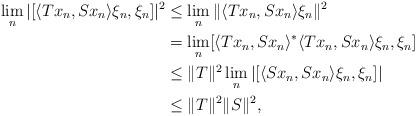
LaTeX: \begin{align*}\lim_n |[\langle Tx_n , Sx_n\rangle \xi_n , \xi_n ]|^2 &\leq \lim_n\| \langle Tx_n , Sx_n \rangle \xi_n\|^2 \\ &= \lim_n[\langle Tx_n , Sx_n\rangle^*\langle Tx_n , Sx_n \rangle \xi_n , \xi_n ] \\ &\leq \| T\|^2\lim_n |[\langle Sx_n , Sx_n \rangle \xi_n , \xi_n]| \\ &\leq \| T\|^2 \| S\|^2,\end{align*}